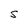
Character: S